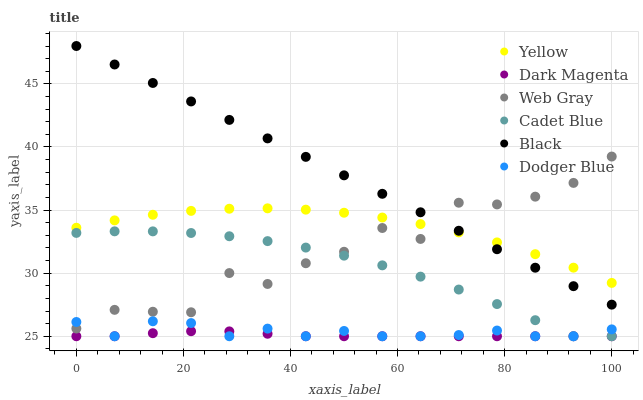
| xaxis_label | Yellow | Dark Magenta | Web Gray | Cadet Blue | Black | Dodger Blue |
 | --- | --- | --- | --- | --- | --- | --- |
 | 0 | 33.6 | 25 | 25.6 | 33.2 | 48 | 26.1 |
 | 7.14 | 34.2 | 25 | 27.1 | 33.3 | 46.5 | 25 |
 | 14.3 | 34.6 | 25.2 | 26.9 | 33.3 | 45.1 | 26.2 |
 | 21.4 | 34.9 | 25.4 | 26.9 | 33.2 | 43.6 | 26 |
 | 28.6 | 35.1 | 25.4 | 30 | 32.9 | 42.1 | 25 |
 | 35.7 | 35.1 | 25.2 | 29.1 | 32.5 | 40.7 | 25.6 |
 | 42.9 | 35 | 25 | 30.8 | 32 | 39.2 | 25 |
 | 50 | 34.8 | 25 | 31.7 | 31.4 | 37.8 | 25.4 |
 | 57.1 | 34.4 | 25 | 33.6 | 30.6 | 36.3 | 25 |
 | 64.3 | 33.9 | 25 | 32.7 | 29.7 | 34.8 | 25 |
 | 71.4 | 33.2 | 25 | 35.6 | 28.7 | 33.4 | 25.1 |
 | 78.6 | 32.4 | 25 | 35.4 | 27.6 | 31.9 | 25.5 |
 | 85.7 | 31.5 | 25 | 36.1 | 26.3 | 30.4 | 25 |
 | 92.9 | 30.4 | 25 | 37.2 | 25 | 29 | 25 |
 | 100 | 29.2 | 25 | 39.2 | 25 | 27.5 | 25.5 |